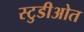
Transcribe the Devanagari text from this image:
स्टुडीओत